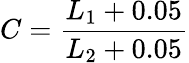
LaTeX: C=\frac{L_{1}+0.05}{L_{2}+0.05}